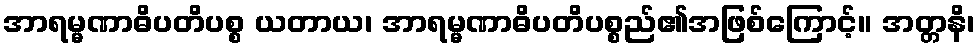
အာရမ္မဏာဓိပတိပစ္စ ယတာယ၊ အာရမ္မဏာဓိပတိပစ္စည်၏အဖြစ်ကြောင့်။ အတ္တနိ၊